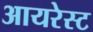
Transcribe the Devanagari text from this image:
आयरेस्ट